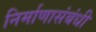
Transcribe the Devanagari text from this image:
निर्माणासंबंधी